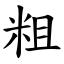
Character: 粗